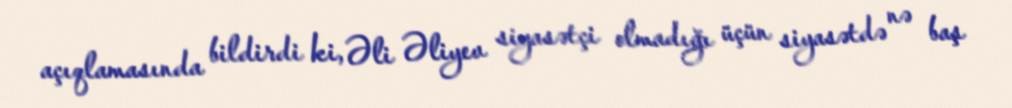
açıqlamasında bildirdi ki, Əli Əliyev siyasətçi olmadığı üçün siyasətdə nə baş